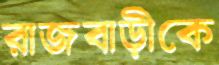
রাজবাড়ীকে